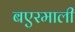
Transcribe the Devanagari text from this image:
बएरमाली